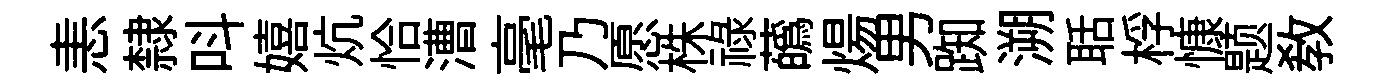
恚隸呌嬉炕恰漕毫乃愿株禄蘤煬男踟溯聒桴慷题敎